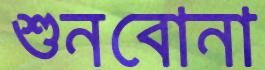
শুনবোনা